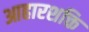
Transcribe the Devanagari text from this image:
आहारशक्ति